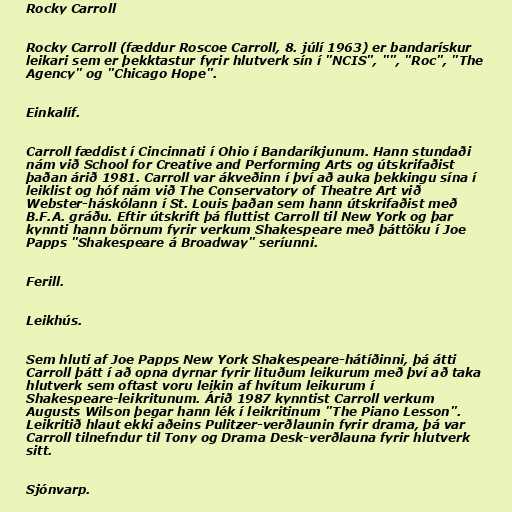
Rocky Carroll

Rocky Carroll (fæddur Roscoe Carroll, 8. júlí 1963) er bandarískur
leikari sem er þekktastur fyrir hlutverk sín í "NCIS", "", "Roc", "The
Agency" og "Chicago Hope".

Einkalíf.

Carroll fæddist í Cincinnati í Ohio í Bandaríkjunum. Hann stundaði
nám við School for Creative and Performing Arts og útskrifaðist
þaðan árið 1981. Carroll var ákveðinn í því að auka þekkingu sína í
leiklist og hóf nám við The Conservatory of Theatre Art við
Webster-háskólann í St. Louis þaðan sem hann útskrifaðist með
B.F.A. gráðu. Eftir útskrift þá fluttist Carroll til New York og þar
kynnti hann börnum fyrir verkum Shakespeare með þáttöku í Joe
Papps "Shakespeare á Broadway" seríunni.

Ferill.

Leikhús.

Sem hluti af Joe Papps New York Shakespeare-hátíðinni, þá átti
Carroll þátt í að opna dyrnar fyrir lituðum leikurum með því að taka
hlutverk sem oftast voru leikin af hvítum leikurum í
Shakespeare-leikritunum. Árið 1987 kynntist Carroll verkum
Augusts Wilson þegar hann lék í leikritinum "The Piano Lesson".
Leikritið hlaut ekki aðeins Pulitzer-verðlaunin fyrir drama, þá var
Carroll tilnefndur til Tony og Drama Desk-verðlauna fyrir hlutverk
sitt.

Sjónvarp.